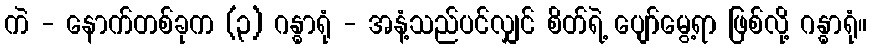
ကဲ - နောက်တစ်ခုက (၃) ဂန္ဓာရုံ - အနံ့သည်ပင်လျှင် စိတ်ရဲ့ ပျော်မွေ့ရာ ဖြစ်လို့ ဂန္ဓာရုံ။